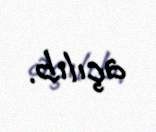
açılıb.